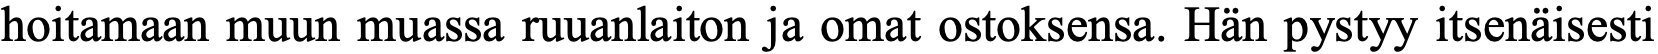
hoitamaan muun muassa ruuanlaiton ja omat ostoksensa. Hän pystyy itsenäisesti